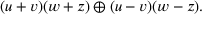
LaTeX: ( u + v ) ( w + z ) \oplus ( u - v ) ( w - z ) .